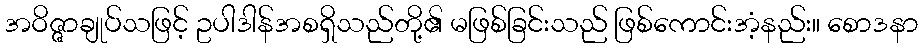
အဝိဇ္ဇာချုပ်သဖြင့် ဥပါဒါန်အစရှိသည်တို့၏ မဖြစ်ခြင်းသည် ဖြစ်ကောင်းအံ့နည်း။ စောဒနာ